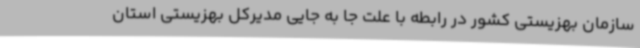
سازمان بهزیستی کشور در رابطه با علت جا به جایی مدیرکل بهزیستی استان